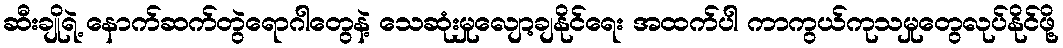
ဆီးချိုရဲ့ နောက်ဆက်တွဲရောဂါတွေနဲ့ သေဆုံးမှုလျော့ချနိုင်ရေး အထက်ပါ ကာကွယ်ကုသမှုတွေလုပ်နိုင်ဖို့